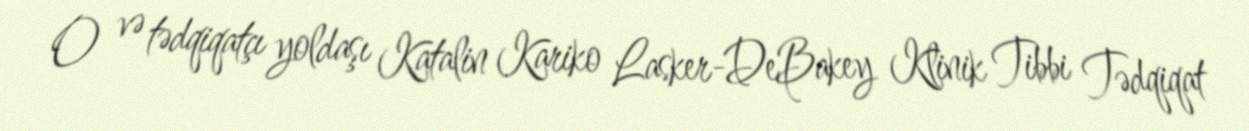
O və tədqiqatçı yoldaşı Katalin Kariko Lasker-DeBakey Klinik Tibbi Tədqiqat